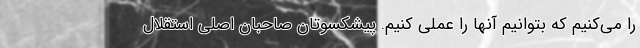
را می‌کنیم که بتوانیم آنها را عملی کنیم. پیشکسوتان صاحبان اصلی استقلال